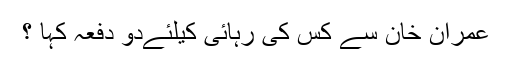
عمران خان سے کس کی رہائی کیلئےدو دفعہ کہا ؟